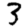
Digit: 3